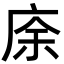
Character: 庩